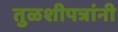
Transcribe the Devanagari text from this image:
तुळशीपत्रांनी